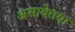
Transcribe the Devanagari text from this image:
असावेतया